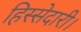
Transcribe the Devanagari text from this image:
हिस्सेदारी।